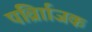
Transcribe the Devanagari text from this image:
पर्व्राािजक